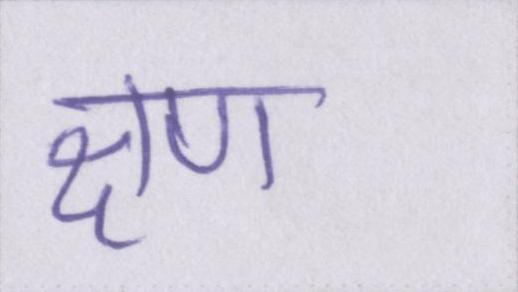
क्षण